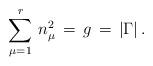
LaTeX: \begin{align*}\sum_{\mu =1}^{r} \, n_\mu^2 \, = \, g \, = \, | \Gamma | \, .\end{align*}